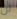
لن